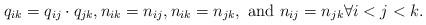
LaTeX: \begin{align*}q_{ik}=q_{ij}\cdot q_{jk}, n_{ik}=n_{ij}, n_{ik}=n_{jk}, \textrm{ and }n_{ij}=n_{jk} \forall i<j<k.\end{align*}